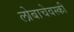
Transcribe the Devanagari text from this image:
लोबाचेवस्की